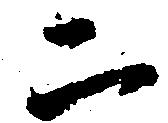
ニ